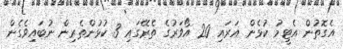
އެގޮތުން އެޓީމު ކުޅެން އަރައި 20 އޯވަރުގެ ތެރޭގައި 3 ކުޅުންތެރިން ނުބައިވެގެން